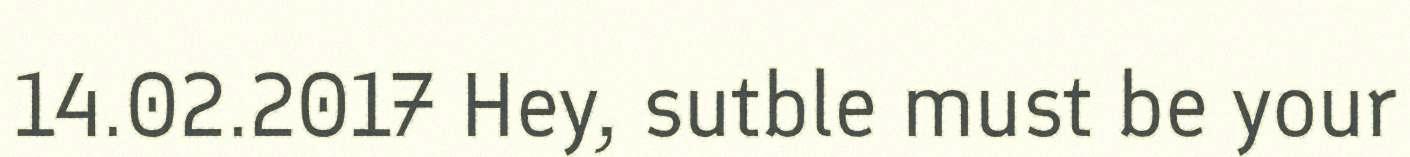
14.02.2017 Hey, sutble must be your